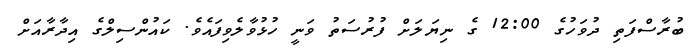
ބުރާސްފަތި ދުވަހުގެ 12:00 ގެ ނިޔަލަށް ފުރުސަތު ވަނީ ހުޅުވާލެވިފައެވެ. ކައުންސިލްގެ އިދާރާއަށް